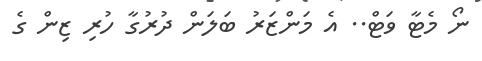
ނޯ މެޓާ ވަޓް.. އެ މަންޒަރު ބަލަން ދުރުގާ ހުރި ޒިން ގެ